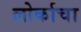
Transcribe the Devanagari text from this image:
लोर्काचा